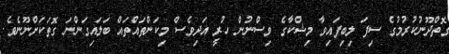
ގޮތްދޫނުކުރުމުގެ ސިފަ ލިބިފައިވާ މިޝްކާގެ ވިސްނުން ހުރީ އަދިވެސް މިކަންތައްތައް ބަލައިގަންނަ ގޮތަކަށްނޫނެވެ.